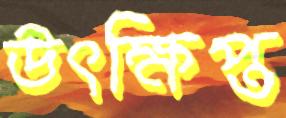
উৎক্ষিপ্ত